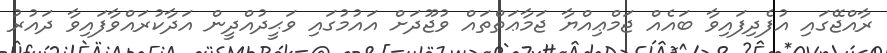
ރާއްޖޭގައި އުފެދިފައިވާ ބައެއް ޖަމްޢިއްޔާ ޖަމާޢަތްތައް ވުޖޫދަށް އައުމުގައި ވަޙީދުއްދީން އަދާކުރައްވާފައިވާ ދައުރު